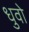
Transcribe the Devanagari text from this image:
धुवो